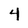
Character: 4